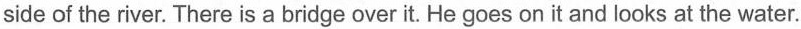
side of the river. There is a bridge over it. He goes on it and looks at the water.